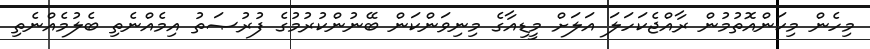
މިހެން މިކަންއޮތުމުން ރާއްޖެކަހަލަ އަލަށް މީޑިއާގެ މިނިވަންކަން ބޭނުންކުރުމުގެ ފުރުޞަތު އިމެއްނެތި ބެލުމެއްނެތި